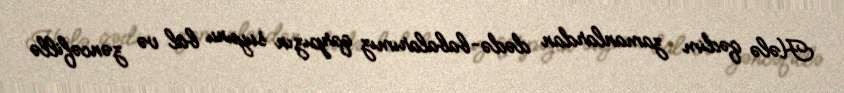
Hələ qədim zamanlardan dədə-babalarımız qarpızın suyunu bal və zəncəfillə